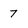
Character: 7